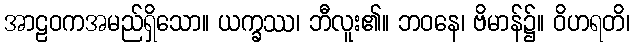
အာဠဝကအမည်ရှိသော။ ယက္ခဿ၊ ဘီလူး၏။ ဘဝနေ၊ ဗိမာန်၌။ ဝိဟရတိ၊